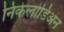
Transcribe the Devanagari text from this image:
निकेलोडिअन